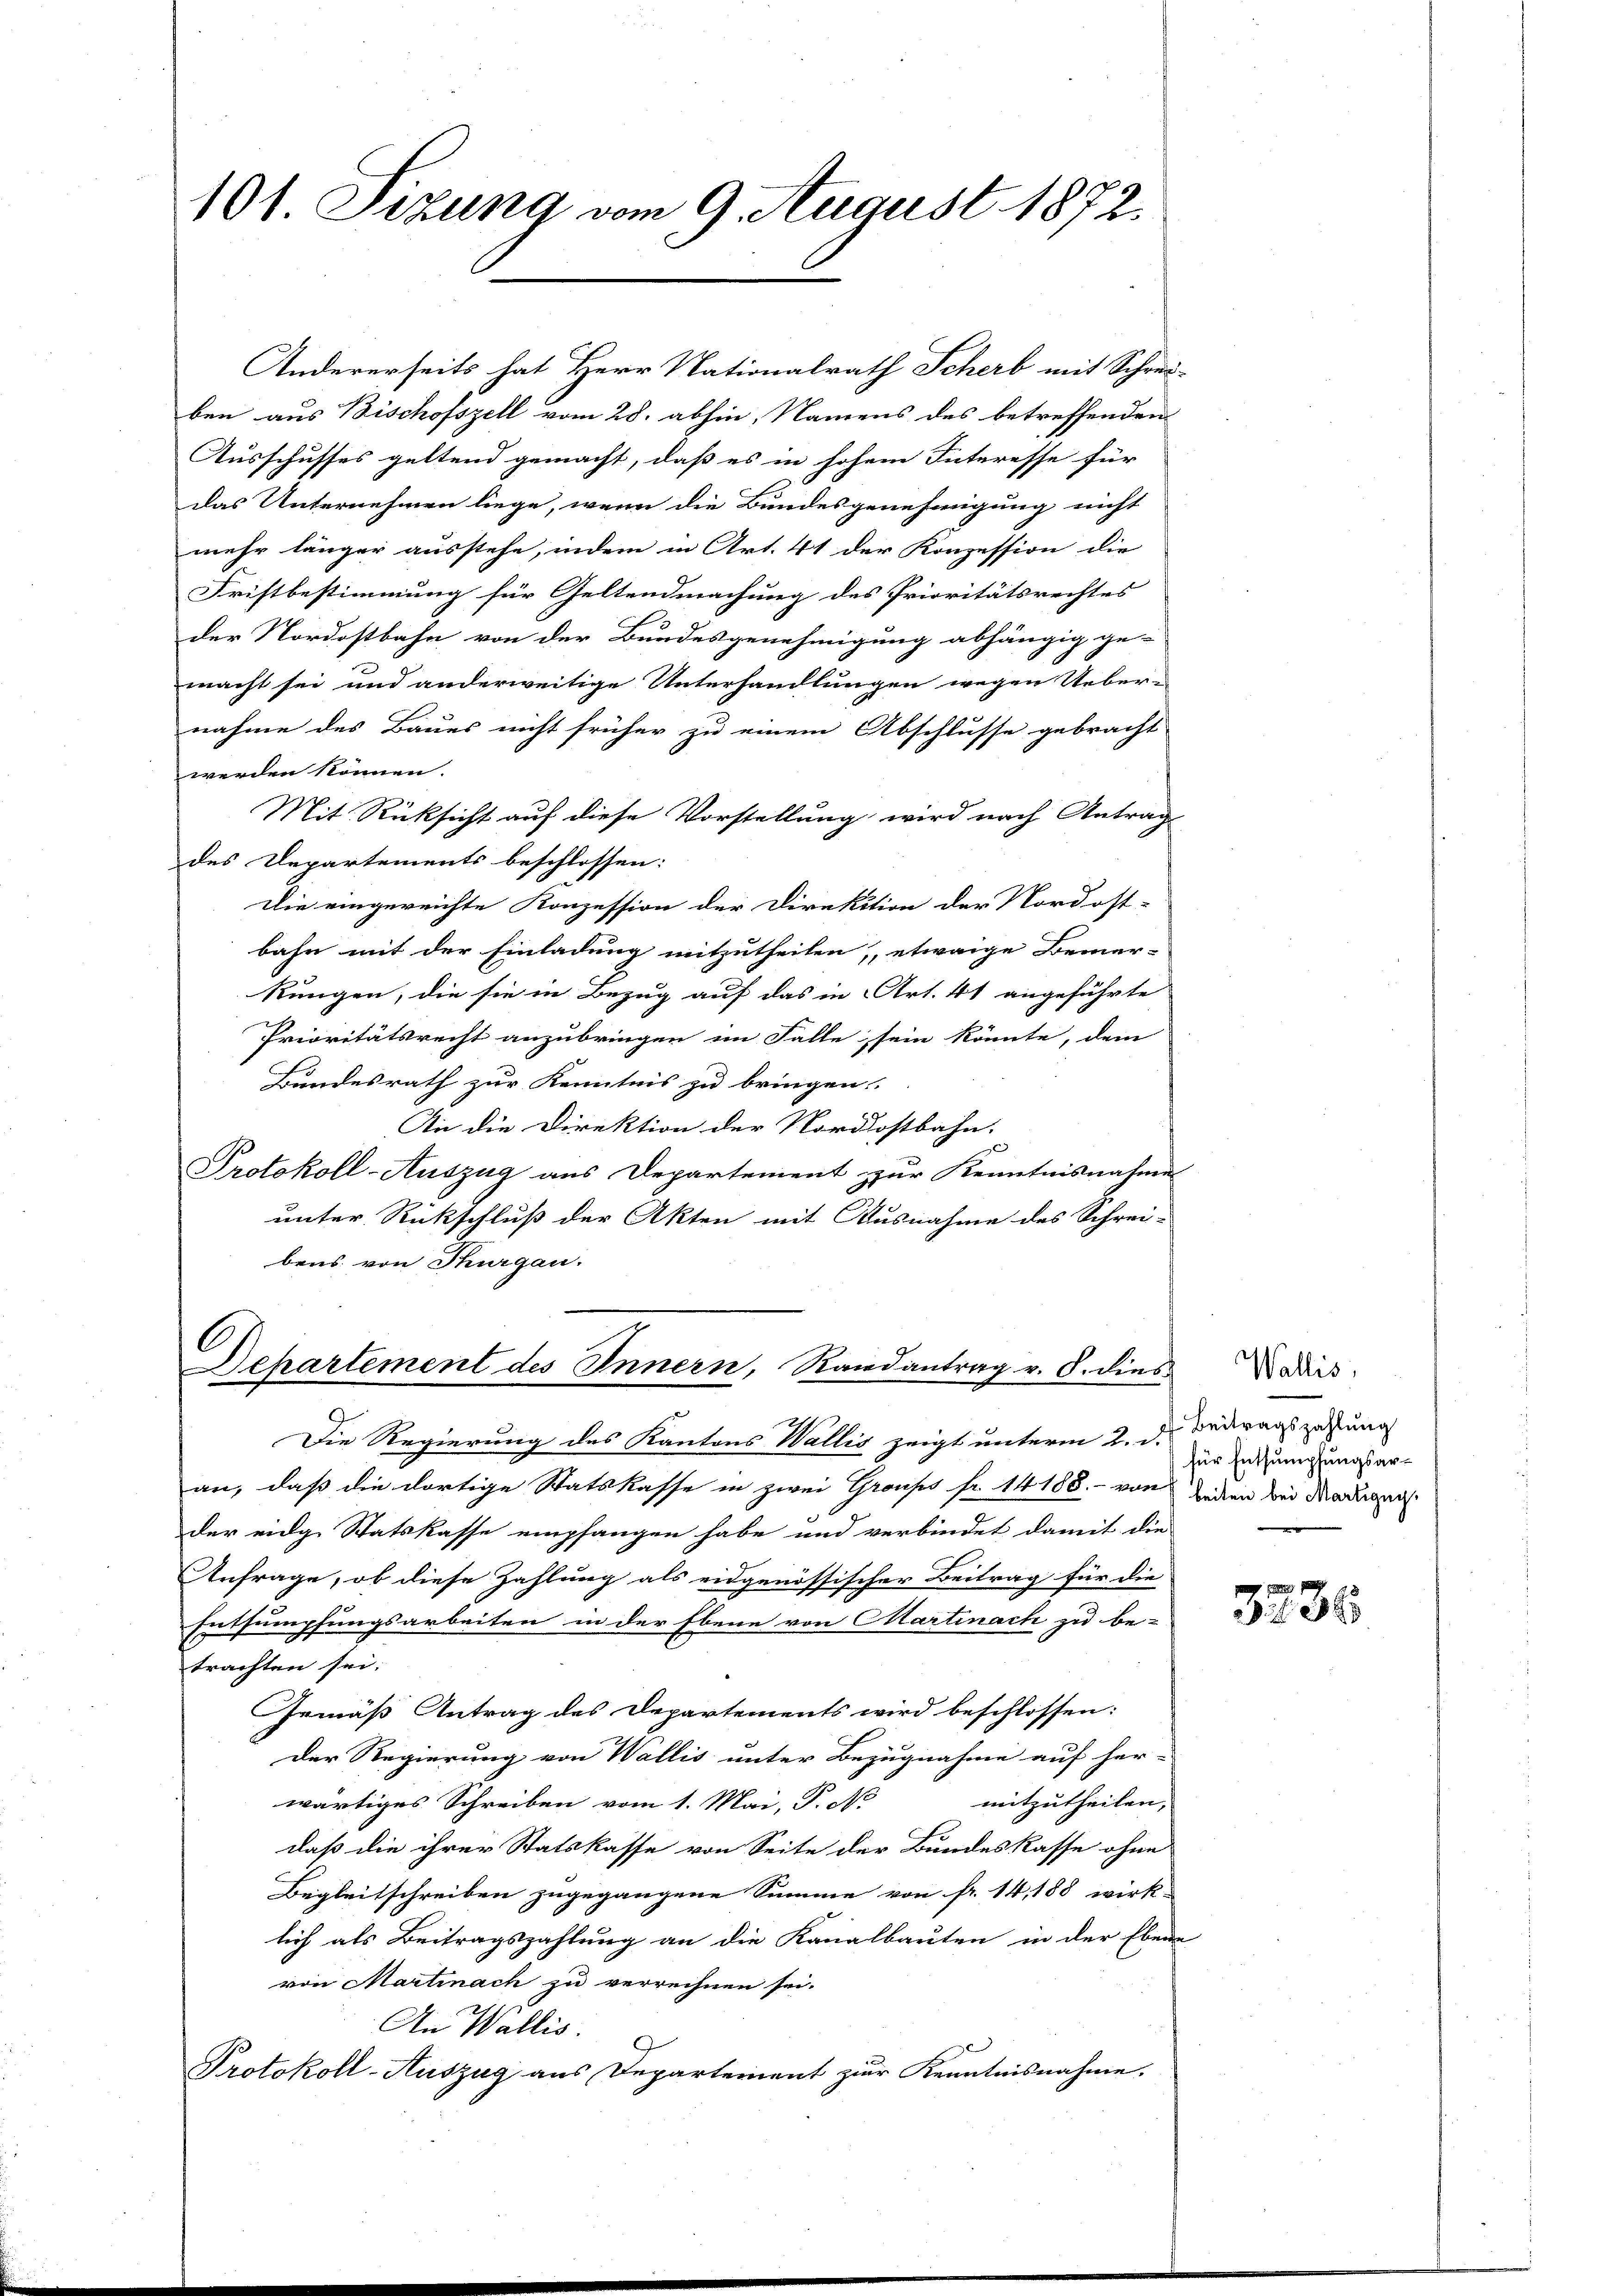
101. Sitzung vom 9. August 1872.

Andererseits hat Herr Nationalrath Scherb mit Schrei-
ben aus Bischofszell vom 28. abhin, Namens des betreffenden
Ausschusses geltend gemacht, daß es in hohem Interesse für
das Unternehmen liege, wenn die Bundesgenehmigung nicht
mehr länger ausstehe, indem in Art. 41 der Konzession die
Fristbestimmung für Geltendmachung des Prioritätsrechtes
der Nordostbahn von der Bundesgenehmigung abhängig ge-
macht sei und anderweitige Unterhandlungen wegen Ueber-
nahme des Baues nicht früher zu einem Abschlusse gebracht
werden können.
Mit Rücksicht auf diese Vorstellung wird nach Antrag
des Departements beschlossen:
Die eingereichte Konzession der Direktion der Nordost-
bahn mit der Einladung mitzutheilen, etwaige Bemer-
Rungen, die sie in Bezug auf das in Art. 41 angeführte
Prioritätsrecht anzubringen im Falle sein könnte, dem
Bundesrath zur Kenntnis zu bringen.
An die Direktion der Nordostbahn.
Protokoll-Auszug aus Departement zur Kenntnisnahme
unter Rückschluß der Akten mit Ausnahme des Schrei-
bens von Thurgau.

Departement des Innern, Randantrag v. 8. dies

Die Regierung des Kantons Wallis zeigt unterm 2. d. Daraus zahlung
an, daß die dortige Statskasse in zwei Groupes fr. 14188. - von jeder bei Martigen
der eidg Statskasse empfangen habe und verbindet damit die
Anfrage, ob diese Zahlung als eidgenössischer Beitrag für die
Entsumpfungsarbeiten in der Ebene von Martinach zu be-
trachten sei; |
Gemäß Antrag des Departements wird beschlossen:
Der Regierung von Wallis unter Bezugnahme auf her-
mitzutheilen,
wärtiges Schreiben vom 1. Mai, P. N
daß die ihrer Statskasse von Seite der Bundeskasse ohne
Begleitschreiben zugegangene Summe von fr. 14, 188 wirk-
lich als Beitragszahlung an die Kanalbauten in der Ebene
von Martinach zu verrechnen sei.
An Wallis.
Protokoll-Auszug aus Departement zur Kenntnisnahme.

Wallis,
für Entsumpfungsar¬

3235.